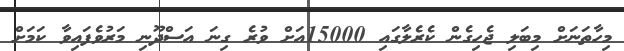
މިހާތަނަށް މިބަލި ޖެހިގެން ކެރެލާގައި 15000އަށް ވުރެ ގިނަ އަސްދޫނި މަރުވެފައިވާ ކަމަށް